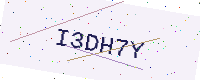
Text: I3DH7Y